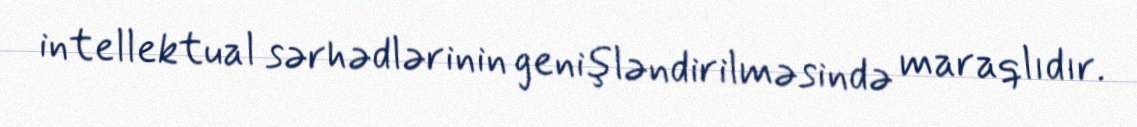
intellektual sərhədlərinin genişləndirilməsində maraqlıdır.